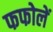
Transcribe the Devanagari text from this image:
फफोलें